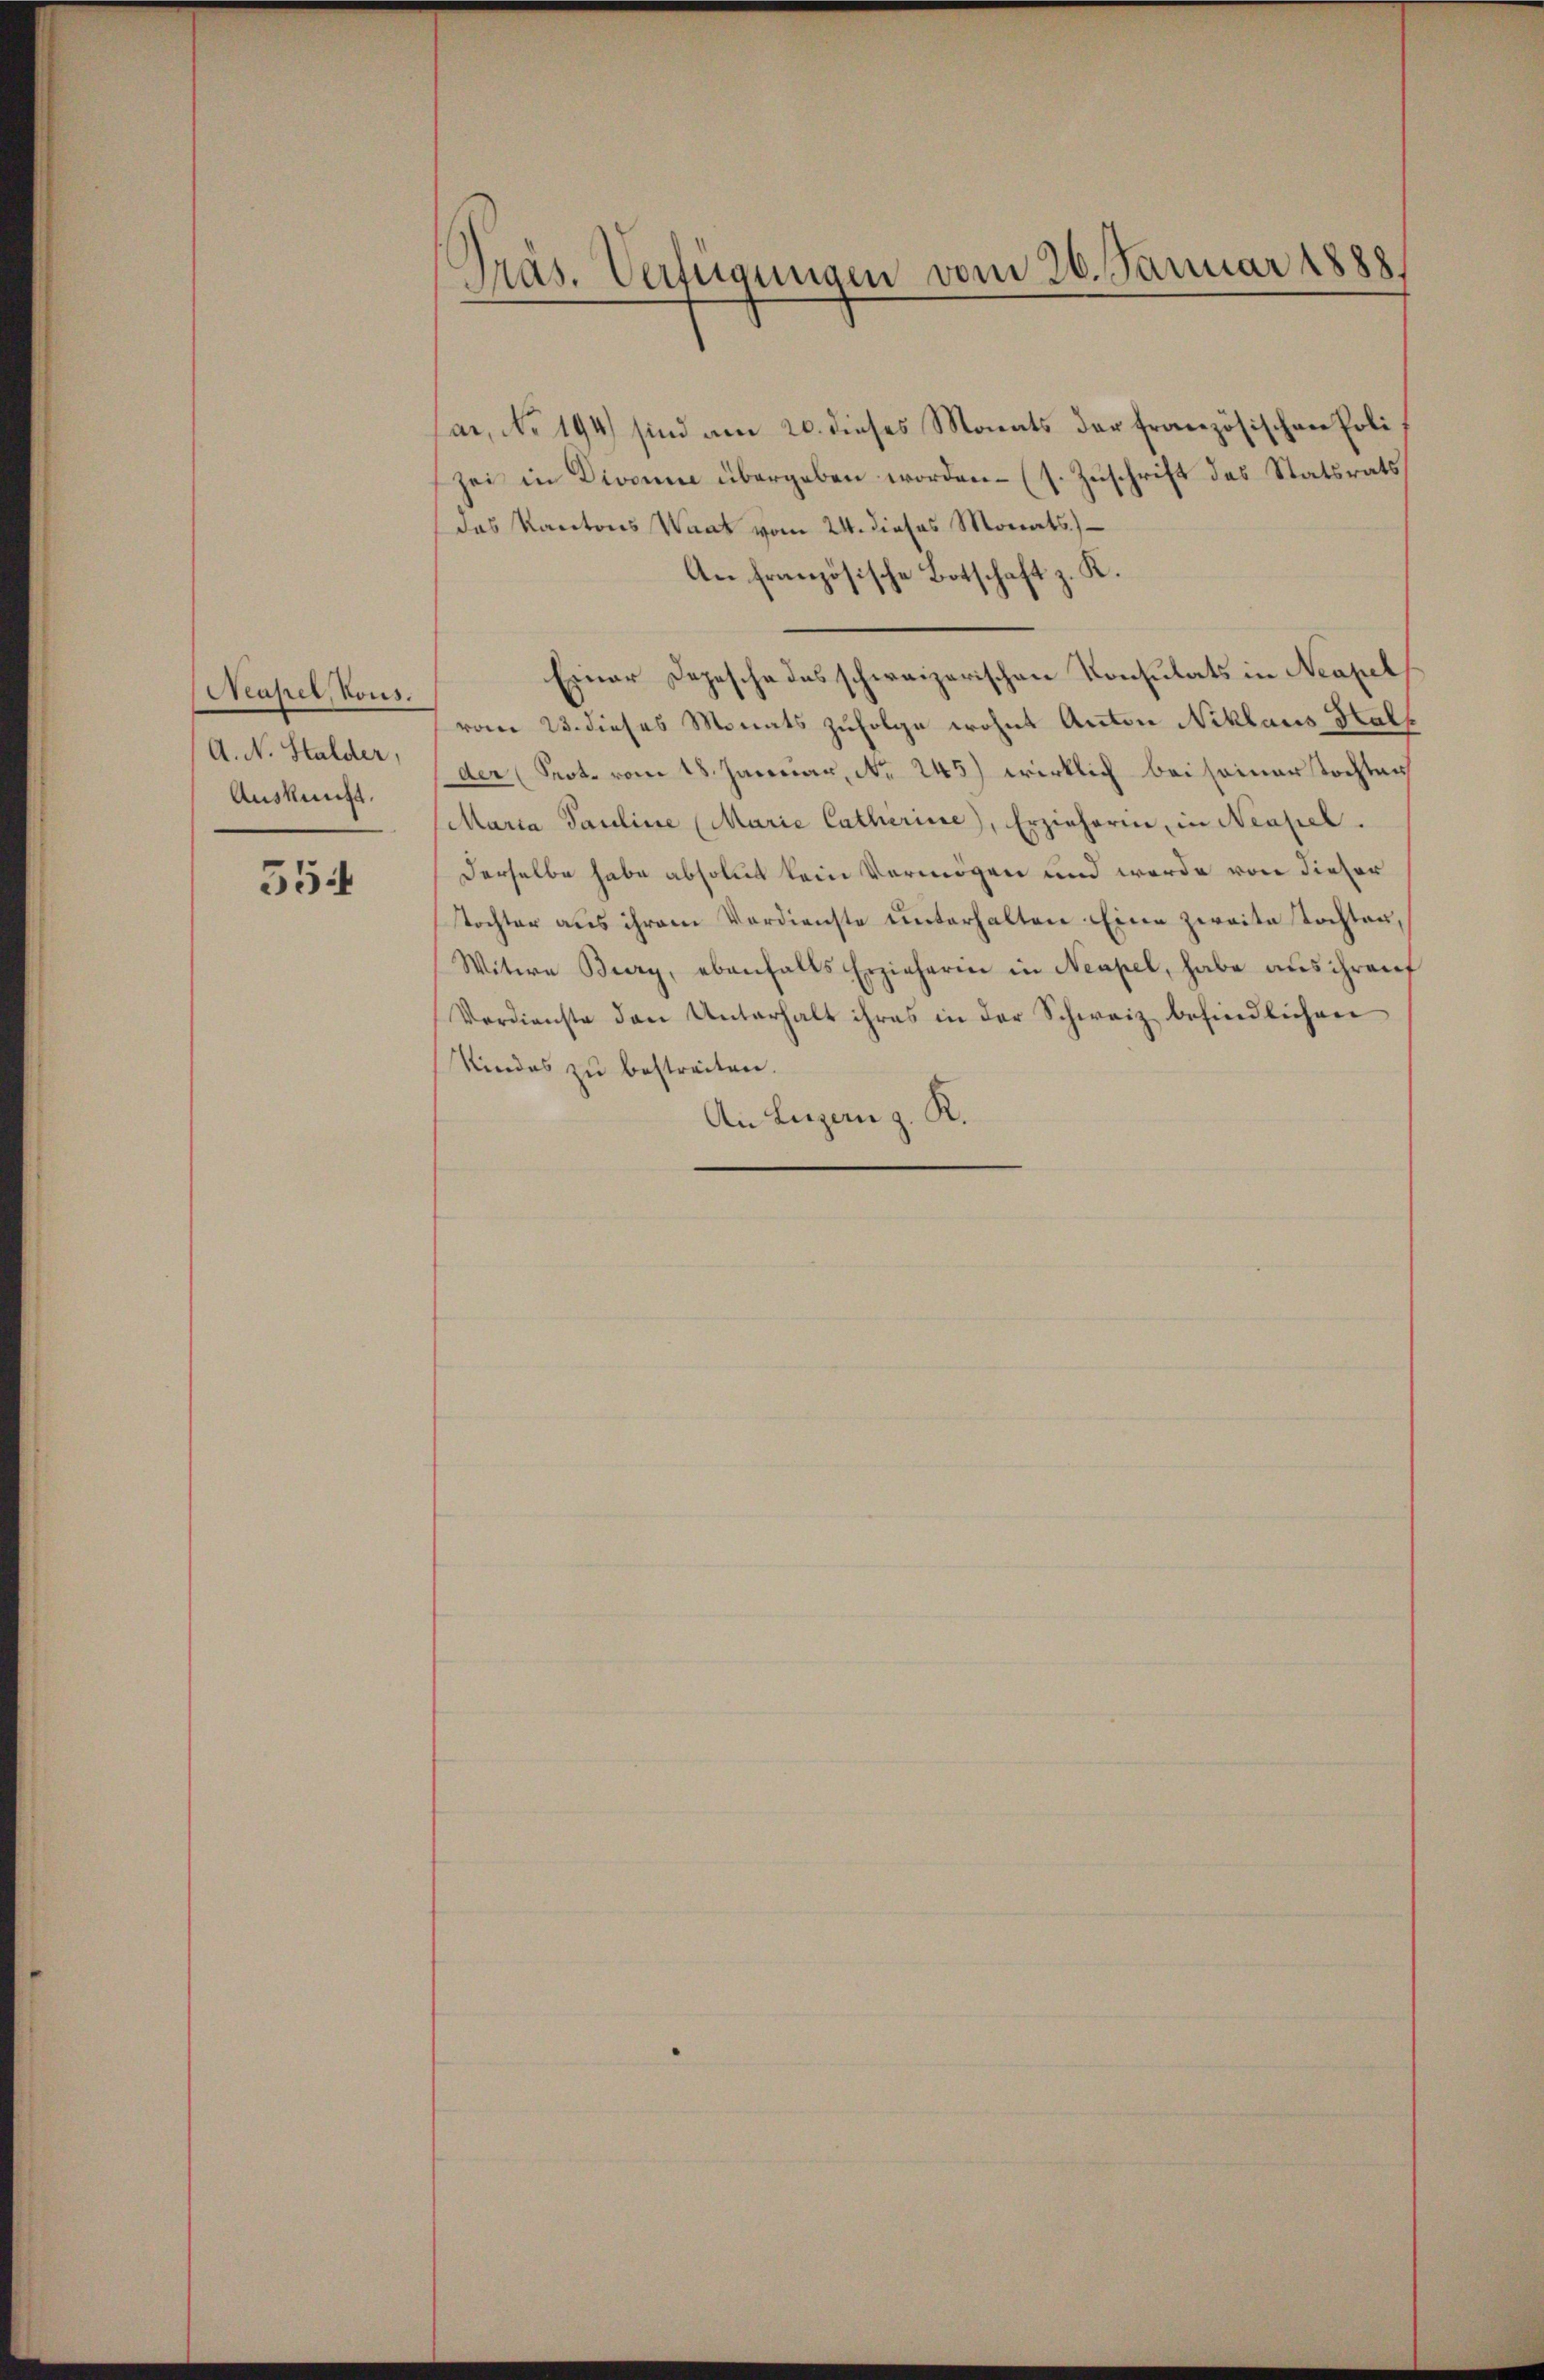
Neapel, Vous.
A. N. Stalder,
Auskunft.

554

Präs. Verfügungen vom 26. Januar 1888.

par, No 194) sind am 20. dieses Monats der französischen Poli
zei in Divonne übergeben worden. (s. Zuschrift des Statsrats
das Kantons Waat vom 24. dieses Monats)
An französische Botschaft z. K.
Einer Depesche des schweizerischen Konsulats in Neapel
vom 23. dieses Monats zufolge wohnt Anton Niklaus Hals
der (Prot. vom 18. Januar, No. 245) wirklich bei seiner Tochten
Maria Pauline (Marie Catherine), Erzieherin, in Neapel.
derselbe habe absolut kein Vermögen und werde von dieser
tochter aus ihrem Verdienste unterhalten Eine zweite Tochten,
Witwe Bury, ebenfalls Erzieherin in Neapel, habe aus ihren
Verdienste den Unterhalt ihres in der Schweiz befindlichen
Kindes zu bestreiten.
An Luzern z. R.